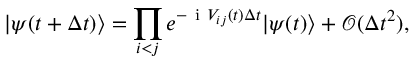
\ensuremath { | \psi ( t + \Delta t ) \rangle } = \prod _ { i < j } e ^ { - \ensuremath { \mathrm { ~ i ~ } } V _ { i j } ( t ) \Delta t } \ensuremath { | \psi ( t ) \rangle } + \mathcal { O } ( \Delta t ^ { 2 } ) ,